Civil Veterinary Department Bihar & Orissa reports 1929-36 - 1929-1936
Year: 1929
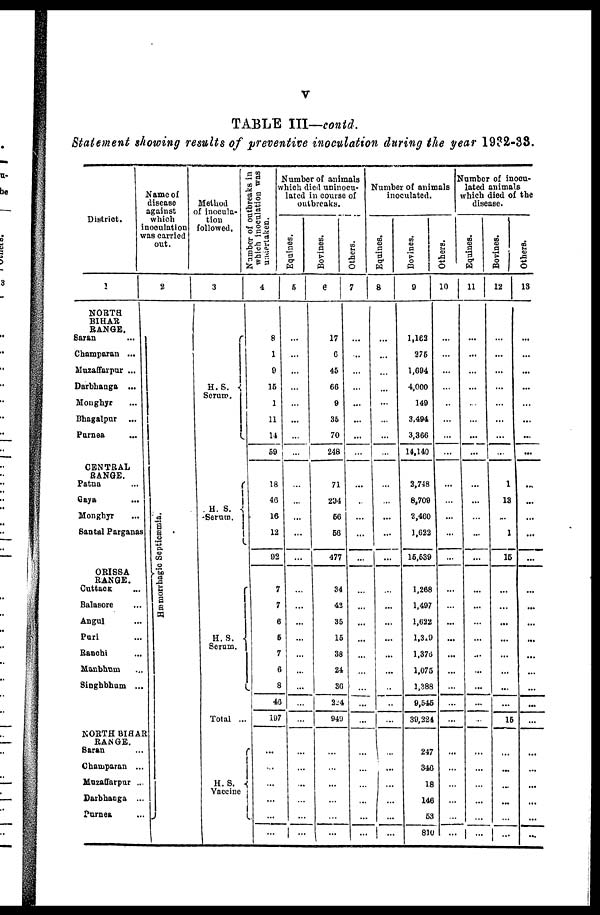
V
TABLE III—contd.
Statement showing results of preventive inoculation during the year 1932-33.
District.
1
NORTH
BIHAR
RANGE.
Saran ...
Champaran ...
Muzaffarpur ...
Darbhanga ...
Monghyr ...
Bhagalpur ...
Purnea ...
CENTRAL
RANGE.
Patna ...
Gaya ...
Monghyr ...
Santal Parganas ...
ORISSA
RANGE.
Cuttack ...
Balasore ...
Angul ...
Pari
Ranchi ...
Manbhum ...
Singhbhum ...
NORTH BIHAR
RANGE.
Saran ...
Champaran ...
Muzaffarpur ...
Darbhanga ...
Purnea ...
Name of
disease
against
which
inoculation
was carried
out.
2
Hæmorrhagic Septicæmia.
Method
of inocula-
tion
followed.
3
H. S.
Serum.
H. S.
Serum.
H. S.
Serum.
Total ...
H.S.
Vaccine
Number of outbreaks in
which inoculation was
undertaken.
4
8
1
9
15
1
11
14
59
18
46
16
12
92
7
7
6
6
7
6
8
46
197
...
...
...
...
...
...
Number of animals
which died uninocu-
lated in course of
outbreaks.
Equines.
5
...
...
...
...
...
...
...
...
...
...
...
...
...
...
...
...
...
...
...
...
...
...
...
...
...
Bovines.
6
17
6
45
66
9
35
70
248
71
294
66
56
477
34
42
35
15
38
24
36
224
940
...
...
...
...
...
...
Others.
7
...
...
...
...
...
...
...
...
...
...
...
...
...
...
...
...
...
...
...
...
...
...
...
...
...
Number of animals
inoculated.
Equines.
8
...
...
...
...
...
...
...
...
...
...
...
...
...
...
...
...
...
...
...
...
...
...
...
...
...
...
Bovines.
9
l,162
275
1,694
4,000
149
3,494
3,366
14,140
2,748
8,709
2,460
1,622
15,539
1,268
1,497
1,622
1,319
1,376
1,075
1,388
9,545
39,224
247
346
18
146
53
810
Others.
10
...
...
...
...
...
...
...
...
...
...
...
...
...
...
...
...
...
...
...
...
...
...
...
...
...
...
lumber of inocu-
lated animals
which died of the
disease.
Equines.
11
...
...
...
...
...
...
...
...
...
...
...
...
...
...
...
...
...
...
...
...
...
...
...
...
...
...
Bovines.
12
...
...
...
...
...
...
...
...
1
13
1
16
...
...
...
...
...
...
...
...
16
...
...
...
...
...
...
Others.
13
...
...
...
...
...
...
...
...
...
...
...
...
...
...
...
...
...
...
...
...
...
...
...
...
...
...
...